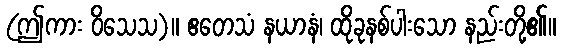
(ဤကား ဝိသေသ)။ ဧတေသံ နယာနံ၊ ထိုခုနစ်ပါးသော နည်းတို့၏။